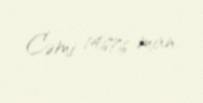
Cəmi 14676 man.